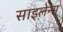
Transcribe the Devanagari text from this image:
साइलेन्स